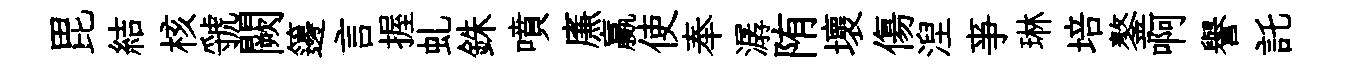
毘結核虢闕籩言握虬銖噴㢘贏使奉潺陏壞傷湼亊琳培鏊啊譽託